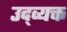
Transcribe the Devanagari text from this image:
उद्व्यक्त